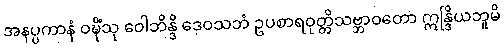
အနပ္ပကာနံ ဝဍ္ဎိံသု ဝေါဘိန္ဒိ ဒေဝသဘံ ဥပစာရဝုတ္တိသဗ္ဘာဝတော ဣန္ဒြိယဘူမိ